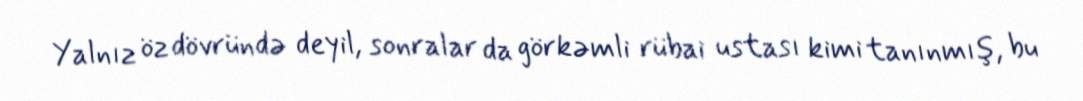
Yalnız öz dövründə deyil, sonralar da görkəmli rübai ustası kimi tanınmış, bu